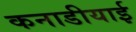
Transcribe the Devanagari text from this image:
कनाडीयाई